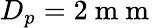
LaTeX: D_{p}=2\mathrm{~m~m~}